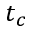
t _ { c }